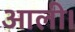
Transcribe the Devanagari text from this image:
आली।